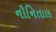
નૌનિતાલ